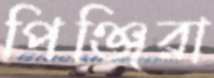
পিঞ্জিরা